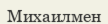
Михаилмен